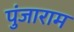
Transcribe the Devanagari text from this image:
पुंजाराम